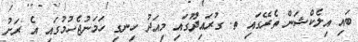
ބައި އިލެކްޝަން ތެރޭގައި ތ. ގުރައިދޫގައި މިއަދު ހިނގި ހަމަނުޖެހުމުގައި އެ ރަށު